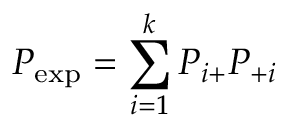
P _ { \exp } = \sum _ { i = 1 } ^ { k } P _ { i + } P _ { + i }